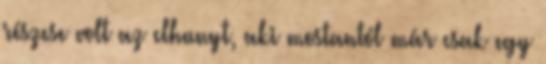
részese volt az elhunyt, aki mostantól már csak egy